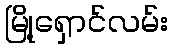
မြို့ရှောင်လမ်း